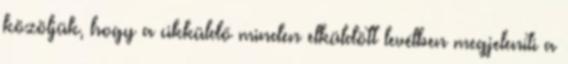
közöljük, hogy a cikküldő minden elküldött levélben megjeleníti a